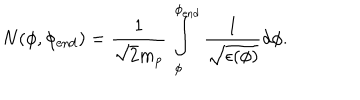
N ( \phi , \phi _ { \mathrm { e n d } } ) = \frac { 1 } { \sqrt { 2 } m _ { p } } \int _ { \phi } ^ { \phi _ { \mathrm { e n d } } } \frac { 1 } { \sqrt { \epsilon ( \phi ) } } d \phi .